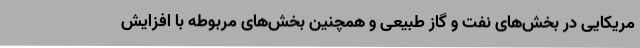
مریکایی در بخش‌های نفت و گاز طبیعی و همچنین بخش‌های مربوطه با افزایش